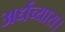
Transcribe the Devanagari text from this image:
अर्धव्यास।